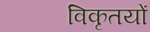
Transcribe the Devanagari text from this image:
विकृतयों